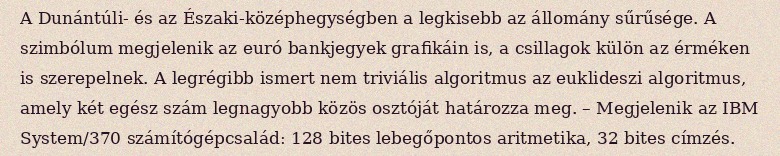
A Dunántúli- és az Északi-középhegységben a legkisebb az állomány sűrűsége. A szimbólum megjelenik az euró bankjegyek grafikáin is, a csillagok külön az érméken is szerepelnek. A legrégibb ismert nem triviális algoritmus az euklideszi algoritmus, amely két egész szám legnagyobb közös osztóját határozza meg. – Megjelenik az IBM System/370 számítógépcsalád: 128 bites lebegőpontos aritmetika, 32 bites címzés.